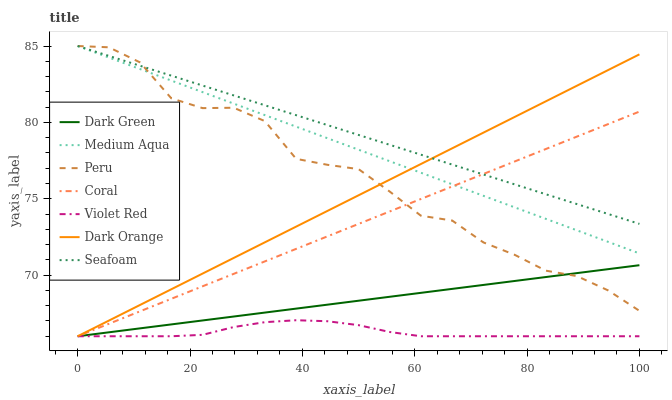
| xaxis_label | Dark Green | Medium Aqua | Peru | Coral | Violet Red | Dark Orange | Seafoam |
 | --- | --- | --- | --- | --- | --- | --- | --- |
 | 0 | 66 | 85 | 85 | 66 | 66 | 66 | 85 |
 | 5.56 | 66.3 | 84.2 | 84.9 | 66.8 | 66 | 67 | 84.4 |
 | 11.1 | 66.5 | 83.5 | 83.9 | 67.6 | 66 | 68.1 | 83.7 |
 | 16.7 | 66.8 | 82.7 | 81.6 | 68.5 | 66 | 69.1 | 83.1 |
 | 22.2 | 67 | 82 | 80.9 | 69.3 | 66.1 | 70.1 | 82.4 |
 | 27.8 | 67.3 | 81.2 | 81 | 70.1 | 66.6 | 71.1 | 81.8 |
 | 33.3 | 67.6 | 80.5 | 80.1 | 70.9 | 66.9 | 72.2 | 81.1 |
 | 38.9 | 67.8 | 79.7 | 77.6 | 71.7 | 67 | 73.2 | 80.5 |
 | 44.4 | 68.1 | 79 | 77.2 | 72.5 | 67 | 74.2 | 79.8 |
 | 50 | 68.3 | 78.2 | 76.9 | 73.4 | 66.7 | 75.2 | 79.2 |
 | 55.6 | 68.6 | 77.5 | 75.5 | 74.2 | 66.3 | 76.3 | 78.5 |
 | 61.1 | 68.8 | 76.7 | 73.9 | 75 | 66 | 77.3 | 77.9 |
 | 66.7 | 69.1 | 75.9 | 73.6 | 75.8 | 66 | 78.3 | 77.2 |
 | 72.2 | 69.4 | 75.2 | 72.1 | 76.6 | 66 | 79.3 | 76.6 |
 | 77.8 | 69.6 | 74.4 | 71.3 | 77.4 | 66 | 80.4 | 75.9 |
 | 83.3 | 69.9 | 73.7 | 70.3 | 78.3 | 66 | 81.4 | 75.3 |
 | 88.9 | 70.1 | 72.9 | 69.9 | 79.1 | 66 | 82.4 | 74.7 |
 | 94.4 | 70.4 | 72.2 | 69 | 79.9 | 66 | 83.4 | 74 |
 | 100 | 70.7 | 71.4 | 67.7 | 80.7 | 66 | 84.5 | 73.4 |